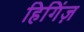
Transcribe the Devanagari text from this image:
हिगिंज़